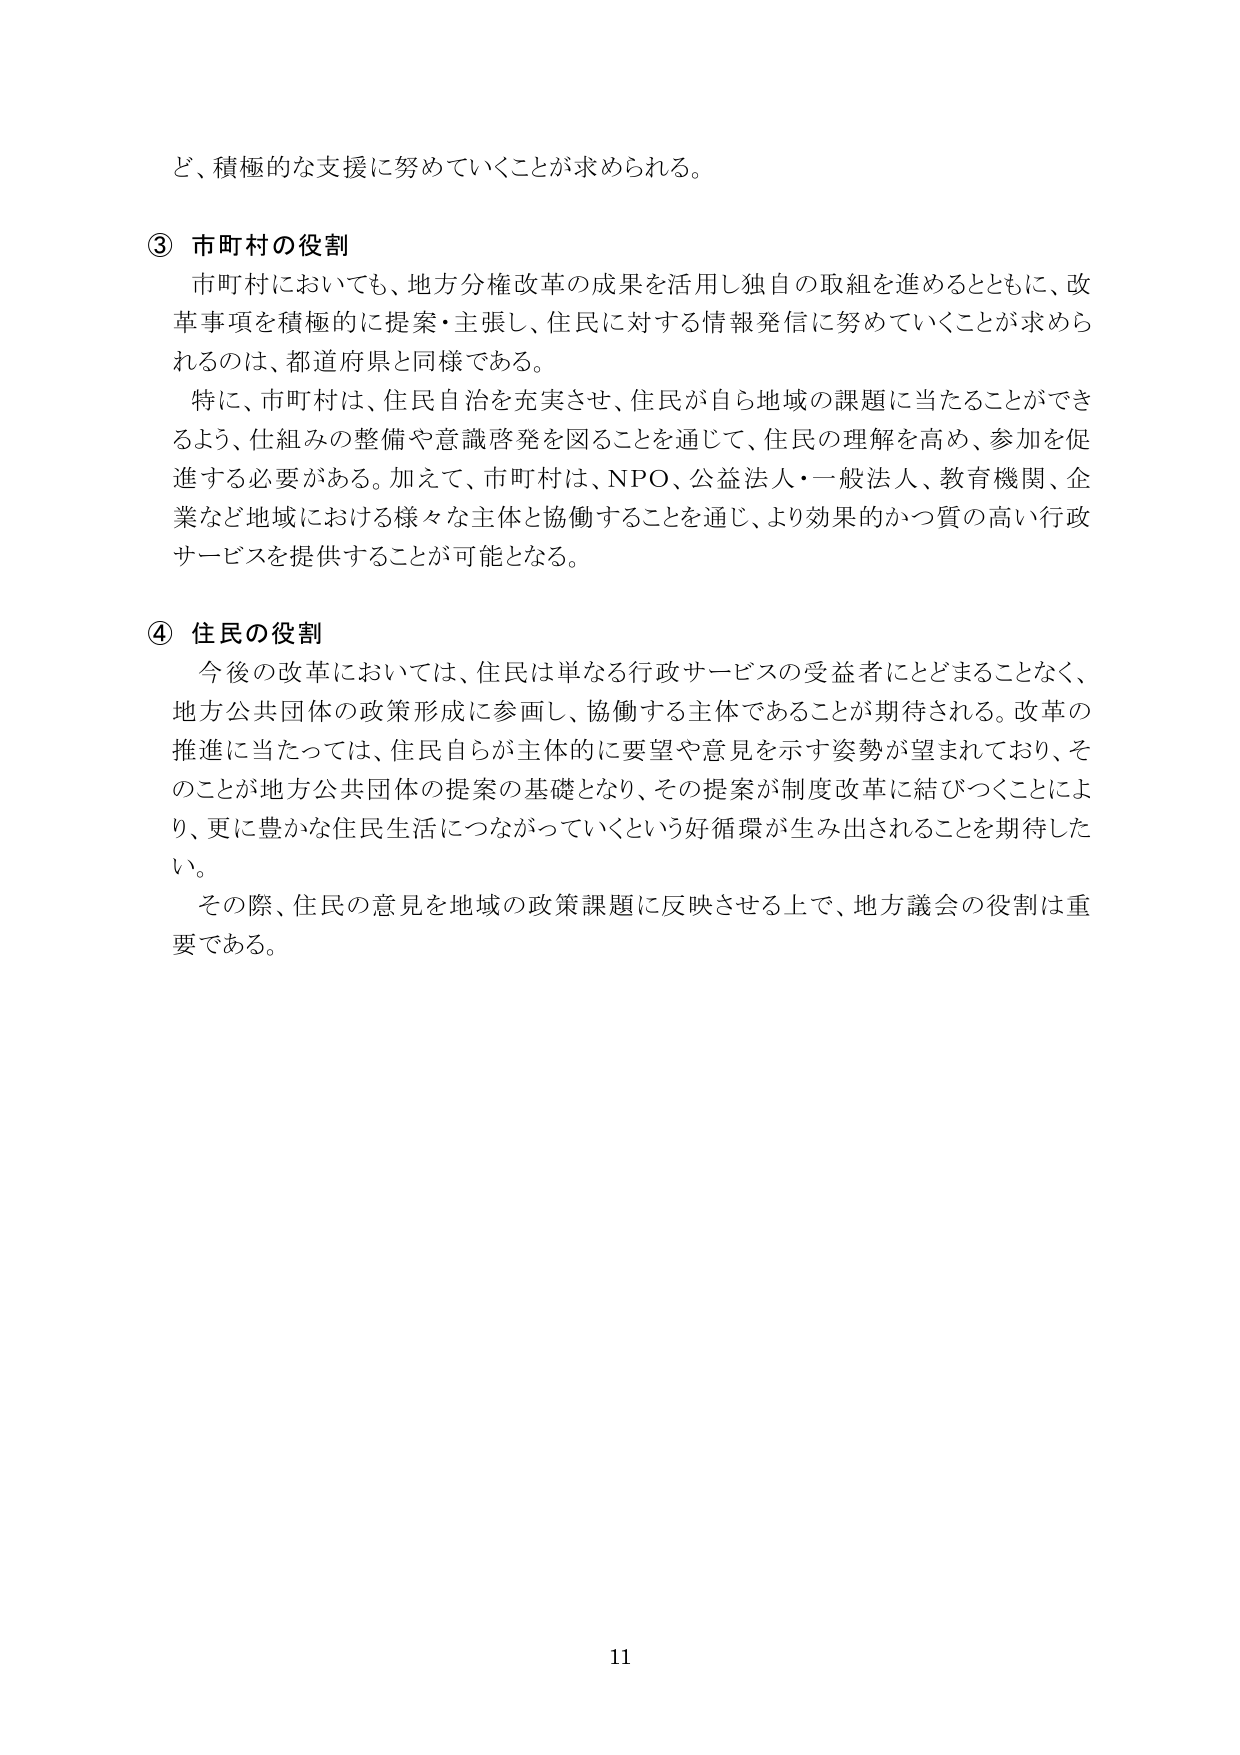
ど、積極的な支援に努めていくことが求められる。

③ 市町村の役割
市町村においても、地方分権改革の成果を活用し独自の取組を進めるとともに、改革事項を積極的に提案・主張し、住民に対する情報発信に努めていくことが求められるのは、都道府県と同様である。
特に、市町村は、住民自治を充実させ、住民が自ら地域の課題に当たることができるように、仕組みの整備や意識啓発を図ることを通じて、住民の理解を高め、参加を促進する必要がある。加えて、市町村は、NPO、公益法人・一般法人、教育機関、企業など地域における様々な主体と協働することを通じ、より効果的かつ質の高い行政サービスを提供することが可能となる。

④ 住民の役割
今後の改革においては、住民は単なる行政サービスの受益者にとどまることなく、地方公共団体の政策形成に参画し、協働する主体であることが期待される。改革の推進に当たっては、住民自らが主体的に要望や意見を示す姿勢が望まれており、そのことが地方公共団体の提案の基礎となり、その提案が制度改革に結びつくことにより、更に豊かな住民生活につながっていくという好循環が生み出されることを期待したい。
その際、住民の意見を地域の政策課題に反映させる上で、地方議会の役割は重要である。

11